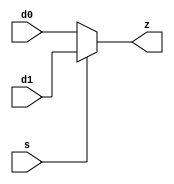
module mul_mux2 ( z, d0, d1, s );
output  z;
input  d0, d1, s;
assign z = s ? d1 : d0 ;
endmodule